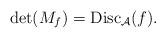
LaTeX: \begin{align*} \det(M_f) = \mathrm{Disc}_{\mathcal{A}}(f) . \end{align*}